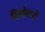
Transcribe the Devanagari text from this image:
दियोसची